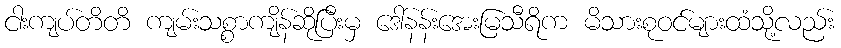
ငါးကျပ်တိတိ ကျမ်းသစ္စာကျိန်ဆိုပြီးမှ ဒေါ်နန်းအေးမြသီရိက မိသားစုဝင်များထံသို့လည်း